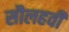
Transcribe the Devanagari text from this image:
सौलहवीं